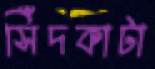
সিঁদকাটা